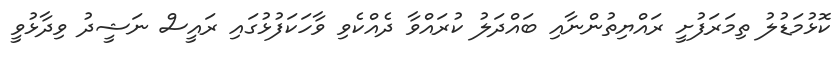
ކޮޅުމަޑުލު ތިމަރަފުށީ ރައްޔިތުންނާއި ބައްދަލު ކުރައްވާ ދެއްކެވި ވާހަކަފުޅުގައި ރައީސް ނަޝީދު ވިދާޅުވީ